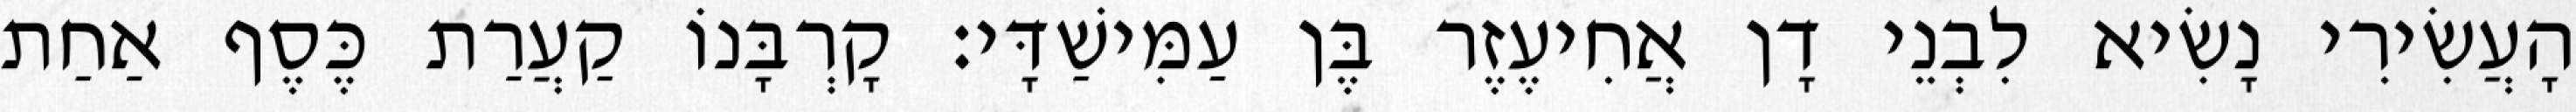
הָעֲשִׂירִי נָשִׂיא לִבְנֵי דָן אֲחִיעֶזֶר בֶּן עַמִּישַׁדָּי׃ קָרְבָּנוֹ קַעֲרַת כֶּסֶף אַחַת